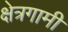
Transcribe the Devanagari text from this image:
क्षेत्रगामी